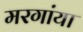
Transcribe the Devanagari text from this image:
मरगांया